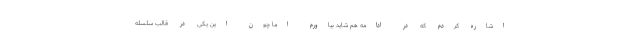
اشاره کردم که در ادامه هم شاید بیاورم اما چون این یکی در قالب سلسله